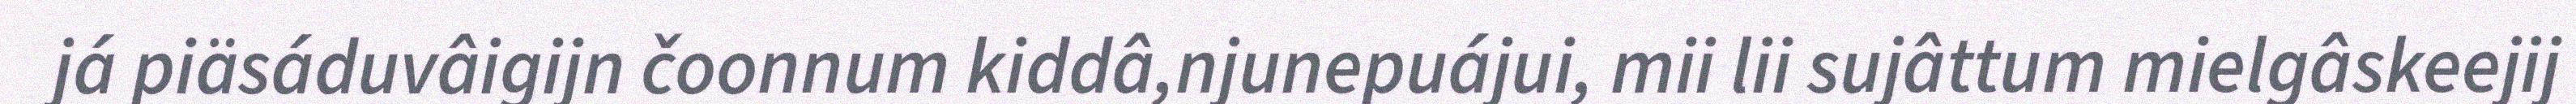
já piäsáduvâigijn čoonnum kiddâ,njunepuájui, mii lii sujâttum mielgâskeejij